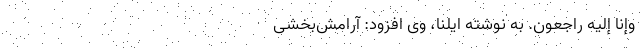
وَإِنَّا إِلَیْهِ رَاجِعُونَ. به نوشته ایلنا، وی افزود: آرامش‌بخشی